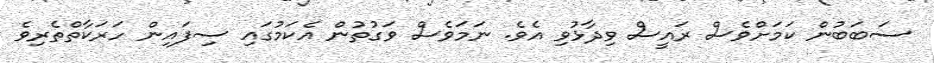
ސަބަބުން ކަމަށްވެސް ރައީސް ވިދާޅުވި އެވެ. ނަމަވެސް ވަގުތުން އެކަމުގައި ސިފައިން ހަރަކާތްތެރިވެ